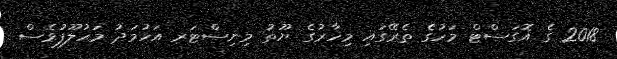
2018 ގެ އޮގަސްޓް މަހުގެ ތެރޭގައި މިހާރުގެ ޔޫތު މިނިސްޓަރ އަހުމަދު މަހުލޫފުވެސް